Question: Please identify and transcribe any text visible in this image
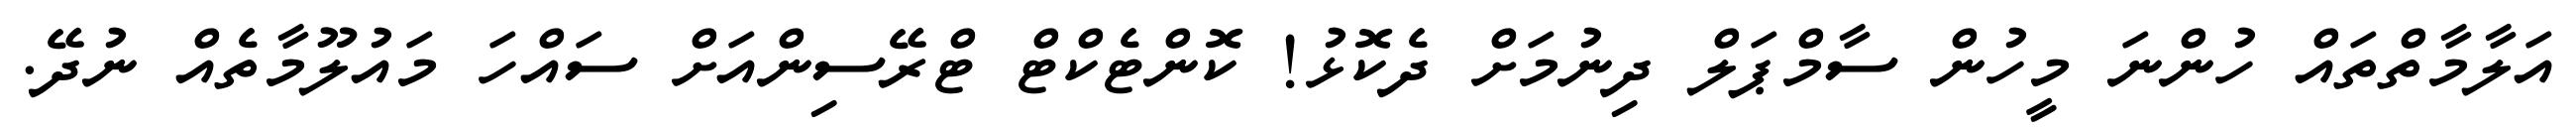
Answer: އަލާމާތްތައް ހުންނަ މީހުން ސާމްޕަލް ދިނުމަށް ދެކޮޅު! ކޮންޓެކްޓް ޓްރޭސިންއަށް ސައްހަ މައުލޫމާތެއް ނުދޭ.